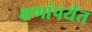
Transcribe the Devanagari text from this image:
क्षणांपर्यंत